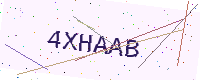
Text: 4XHAAB